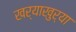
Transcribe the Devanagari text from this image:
खर्याखुर्या